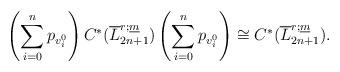
LaTeX: \begin{align*}\left(\sum_{i=0}^{n}p_{v_i^0}\right)C^*(\overline{L}_{2n+1}^{r;\underline{m}})\left(\sum_{i=0}^{n}p_{v_i^0}\right) \cong C^*(\overline{L}_{2n+1}^{r;\underline{m}}). \end{align*}